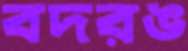
বদরঙ